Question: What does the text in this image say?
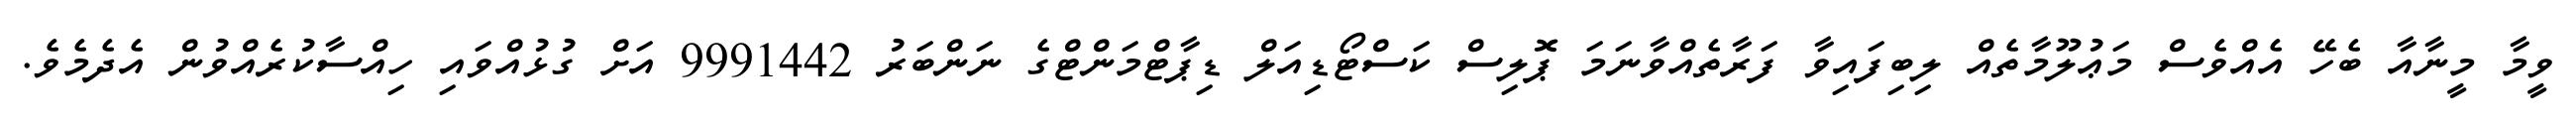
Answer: ވީމާ މީނާއާ ބެހޭ އެއްވެސް މަޢުލޫމާތެއް ލިބިފައިވާ ފަރާތެއްވާނަމަ ޕޮލިސް ކަސްޓޯޑިއަލް ޑިޕާޓްމަންޓްގެ ނަންބަރު 9991442 އަށް ގުޅުއްވައި ހިއްސާކުރެއްވުން އެދެމެވެ.